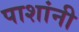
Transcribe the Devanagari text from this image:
पाशांनी